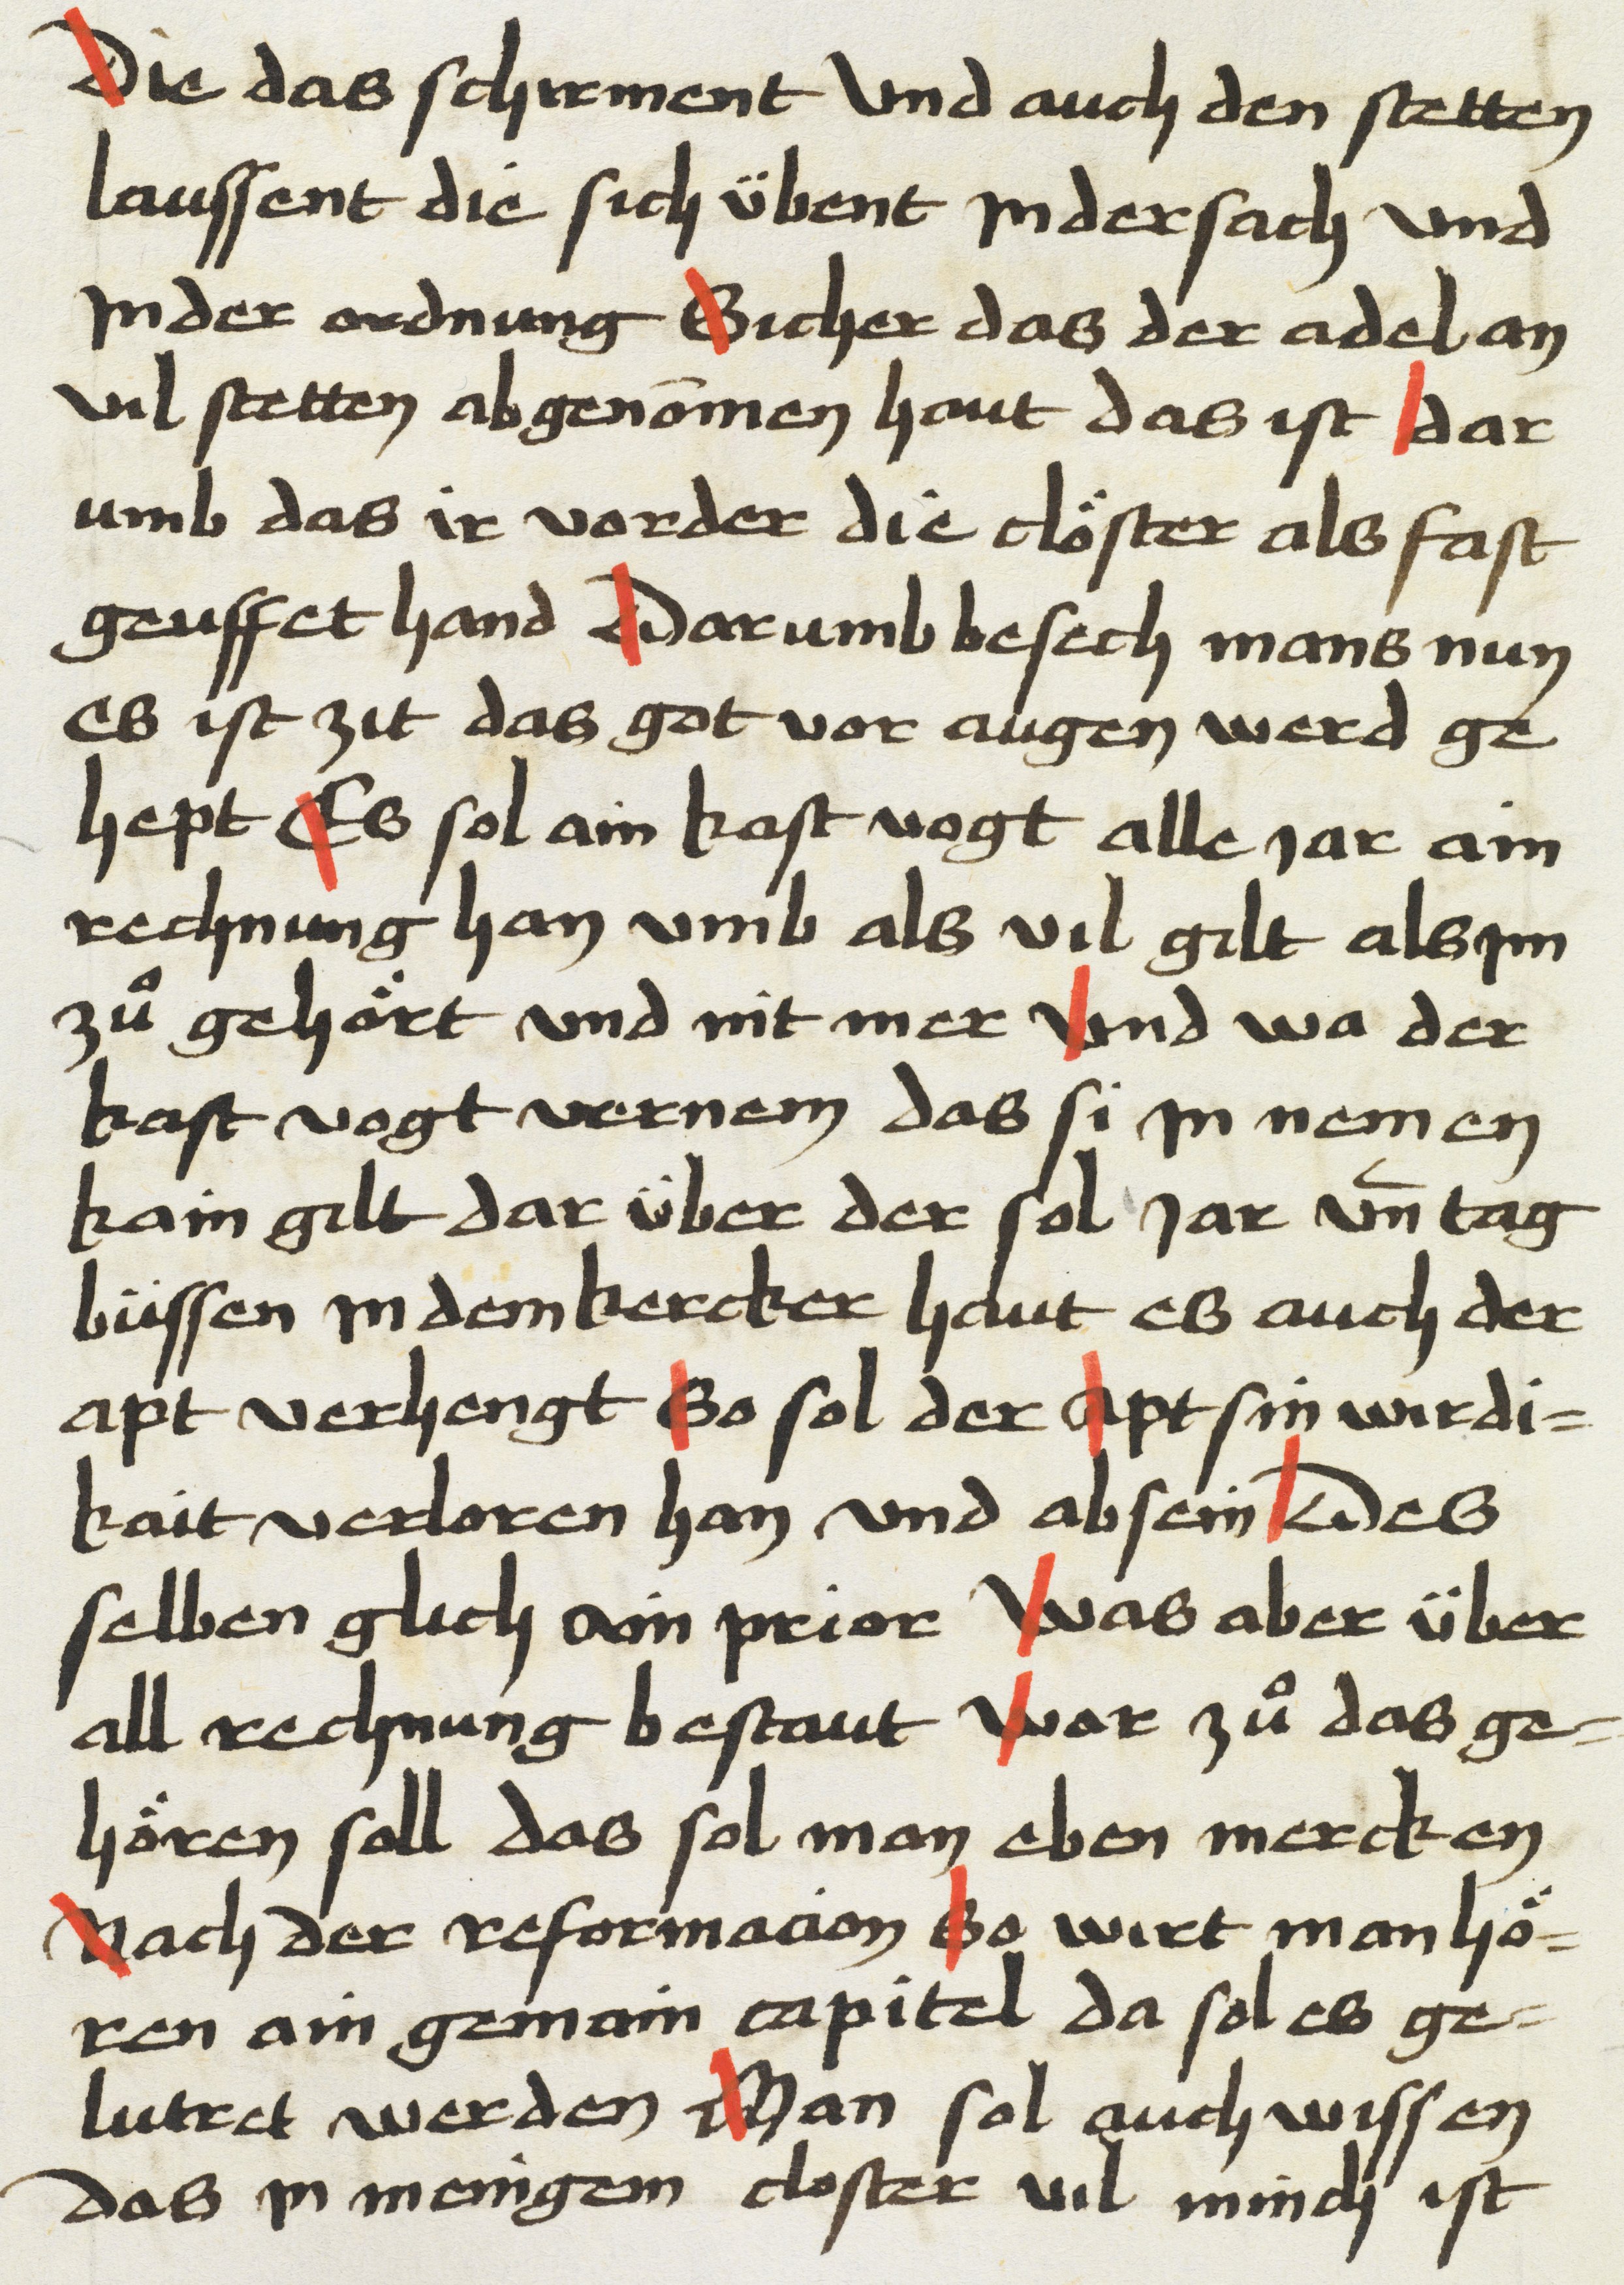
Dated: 1469–1469